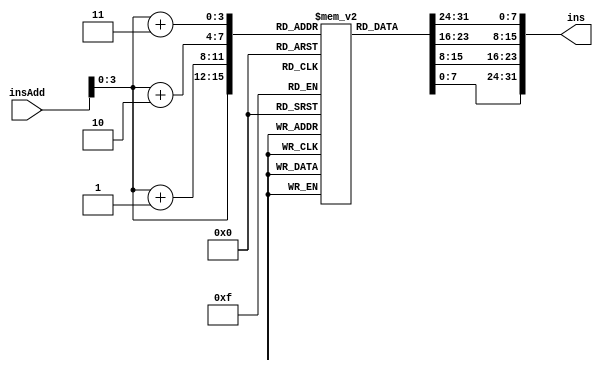
module instructionMemory(
	input [63:0] insAdd,
	output [31:0] ins
	);
	
	reg [7:0] memReg [15:0];		//16 8-bits memory registers
	
	integer index;
	initial
	begin
	for (index = 0; index < 16; index = index + 1)
		memReg[index] <= index;		//initializing 16 locations with arbitrary values
	end
	
	assign ins = {memReg[insAdd[3:0]+3], memReg[insAdd[3:0]+2], memReg[insAdd[3:0]+1], memReg[insAdd[3:0]]};

		
endmodule